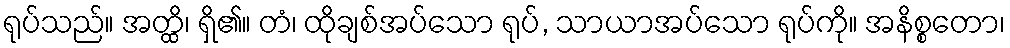
ရုပ်သည်။ အတ္ထိ၊ ရှိ၏။ တံ၊ ထိုချစ်အပ်သော ရုပ်, သာယာအပ်သော ရုပ်ကို။ အနိစ္စတော၊